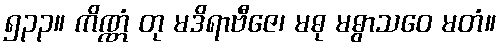
၅၃၃။ ကိဏ္ဏံ တု မဒိရာဗီဇေ၊ မဓု မဓွာသဝေ မတံ။